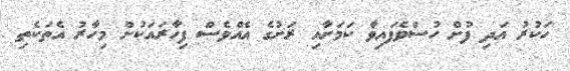
ހަކުރު އަދި ފުށް ހުސްވެފައިވާ ކަމަށާއި ރަށުގެ އެއްވެސް ފިހާރައަކުން މިހާރު އެތަކެތި